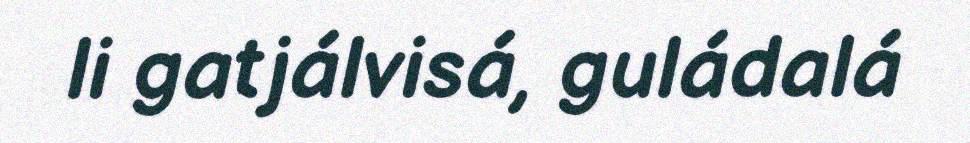
li gatjálvisá, guládalá